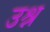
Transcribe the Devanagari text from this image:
उश्न